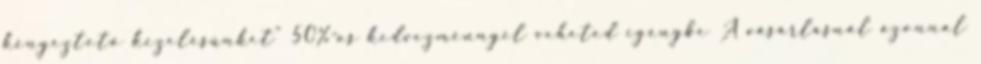
kényeztető kezelésünket” 50%-os kedvezménnyel veheted igénybe A vásárlásnál azonnal